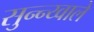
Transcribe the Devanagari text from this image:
सुन्न्य्वाले